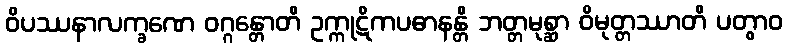
ဝိပဿနာလက္ခဏေ ဝဂ္ဂန္တောတိ ဥက္ကုဋိကပဓာနန္တိ ဘတ္တမုစ္ဆာ ဝိမုတ္တဿာတိ ပတွာဝ